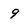
Character: 9